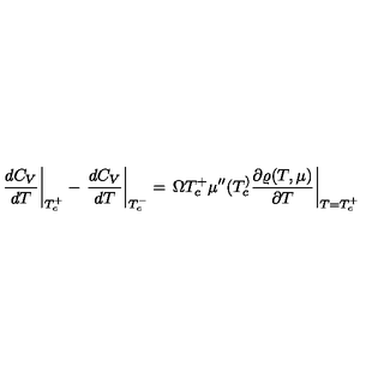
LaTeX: \left. \frac { d C _ { V } } { d T } \right| _ { T _ { c } ^ { + } } - \left. \frac { d C _ { V } } { d T } \right| _ { T _ { c } ^ { - } } = \left. \Omega T _ { c } ^ { + } \mu ^ { \prime \prime } ( T _ { c } ^ { ) } \frac { \partial \varrho ( T , \mu ) } { \partial T } \right| _ { T = T _ { c } ^ { + } }